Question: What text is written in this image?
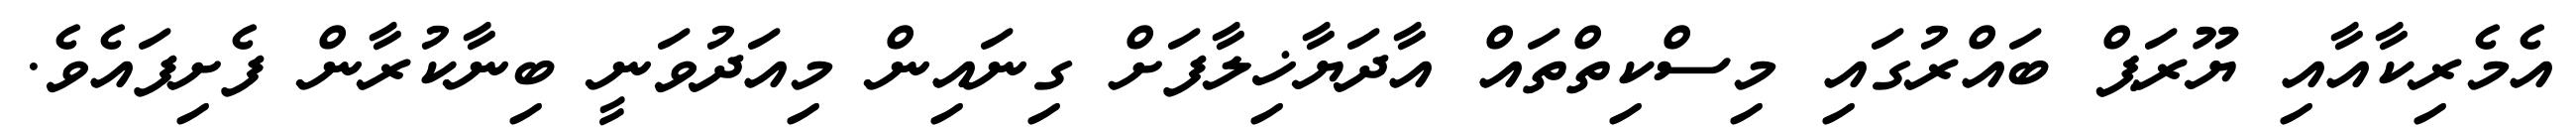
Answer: އެމެރިކާއާއި ޔޫރަޕް ބައްރުގައި މިސްކިތްތައް އާދަޔާޚިލާފަށް ގިނައިން މިއަދުވަނީ ބިނާކުރާން ފެށިފައެވެ.